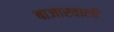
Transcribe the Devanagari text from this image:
बाजारवाली